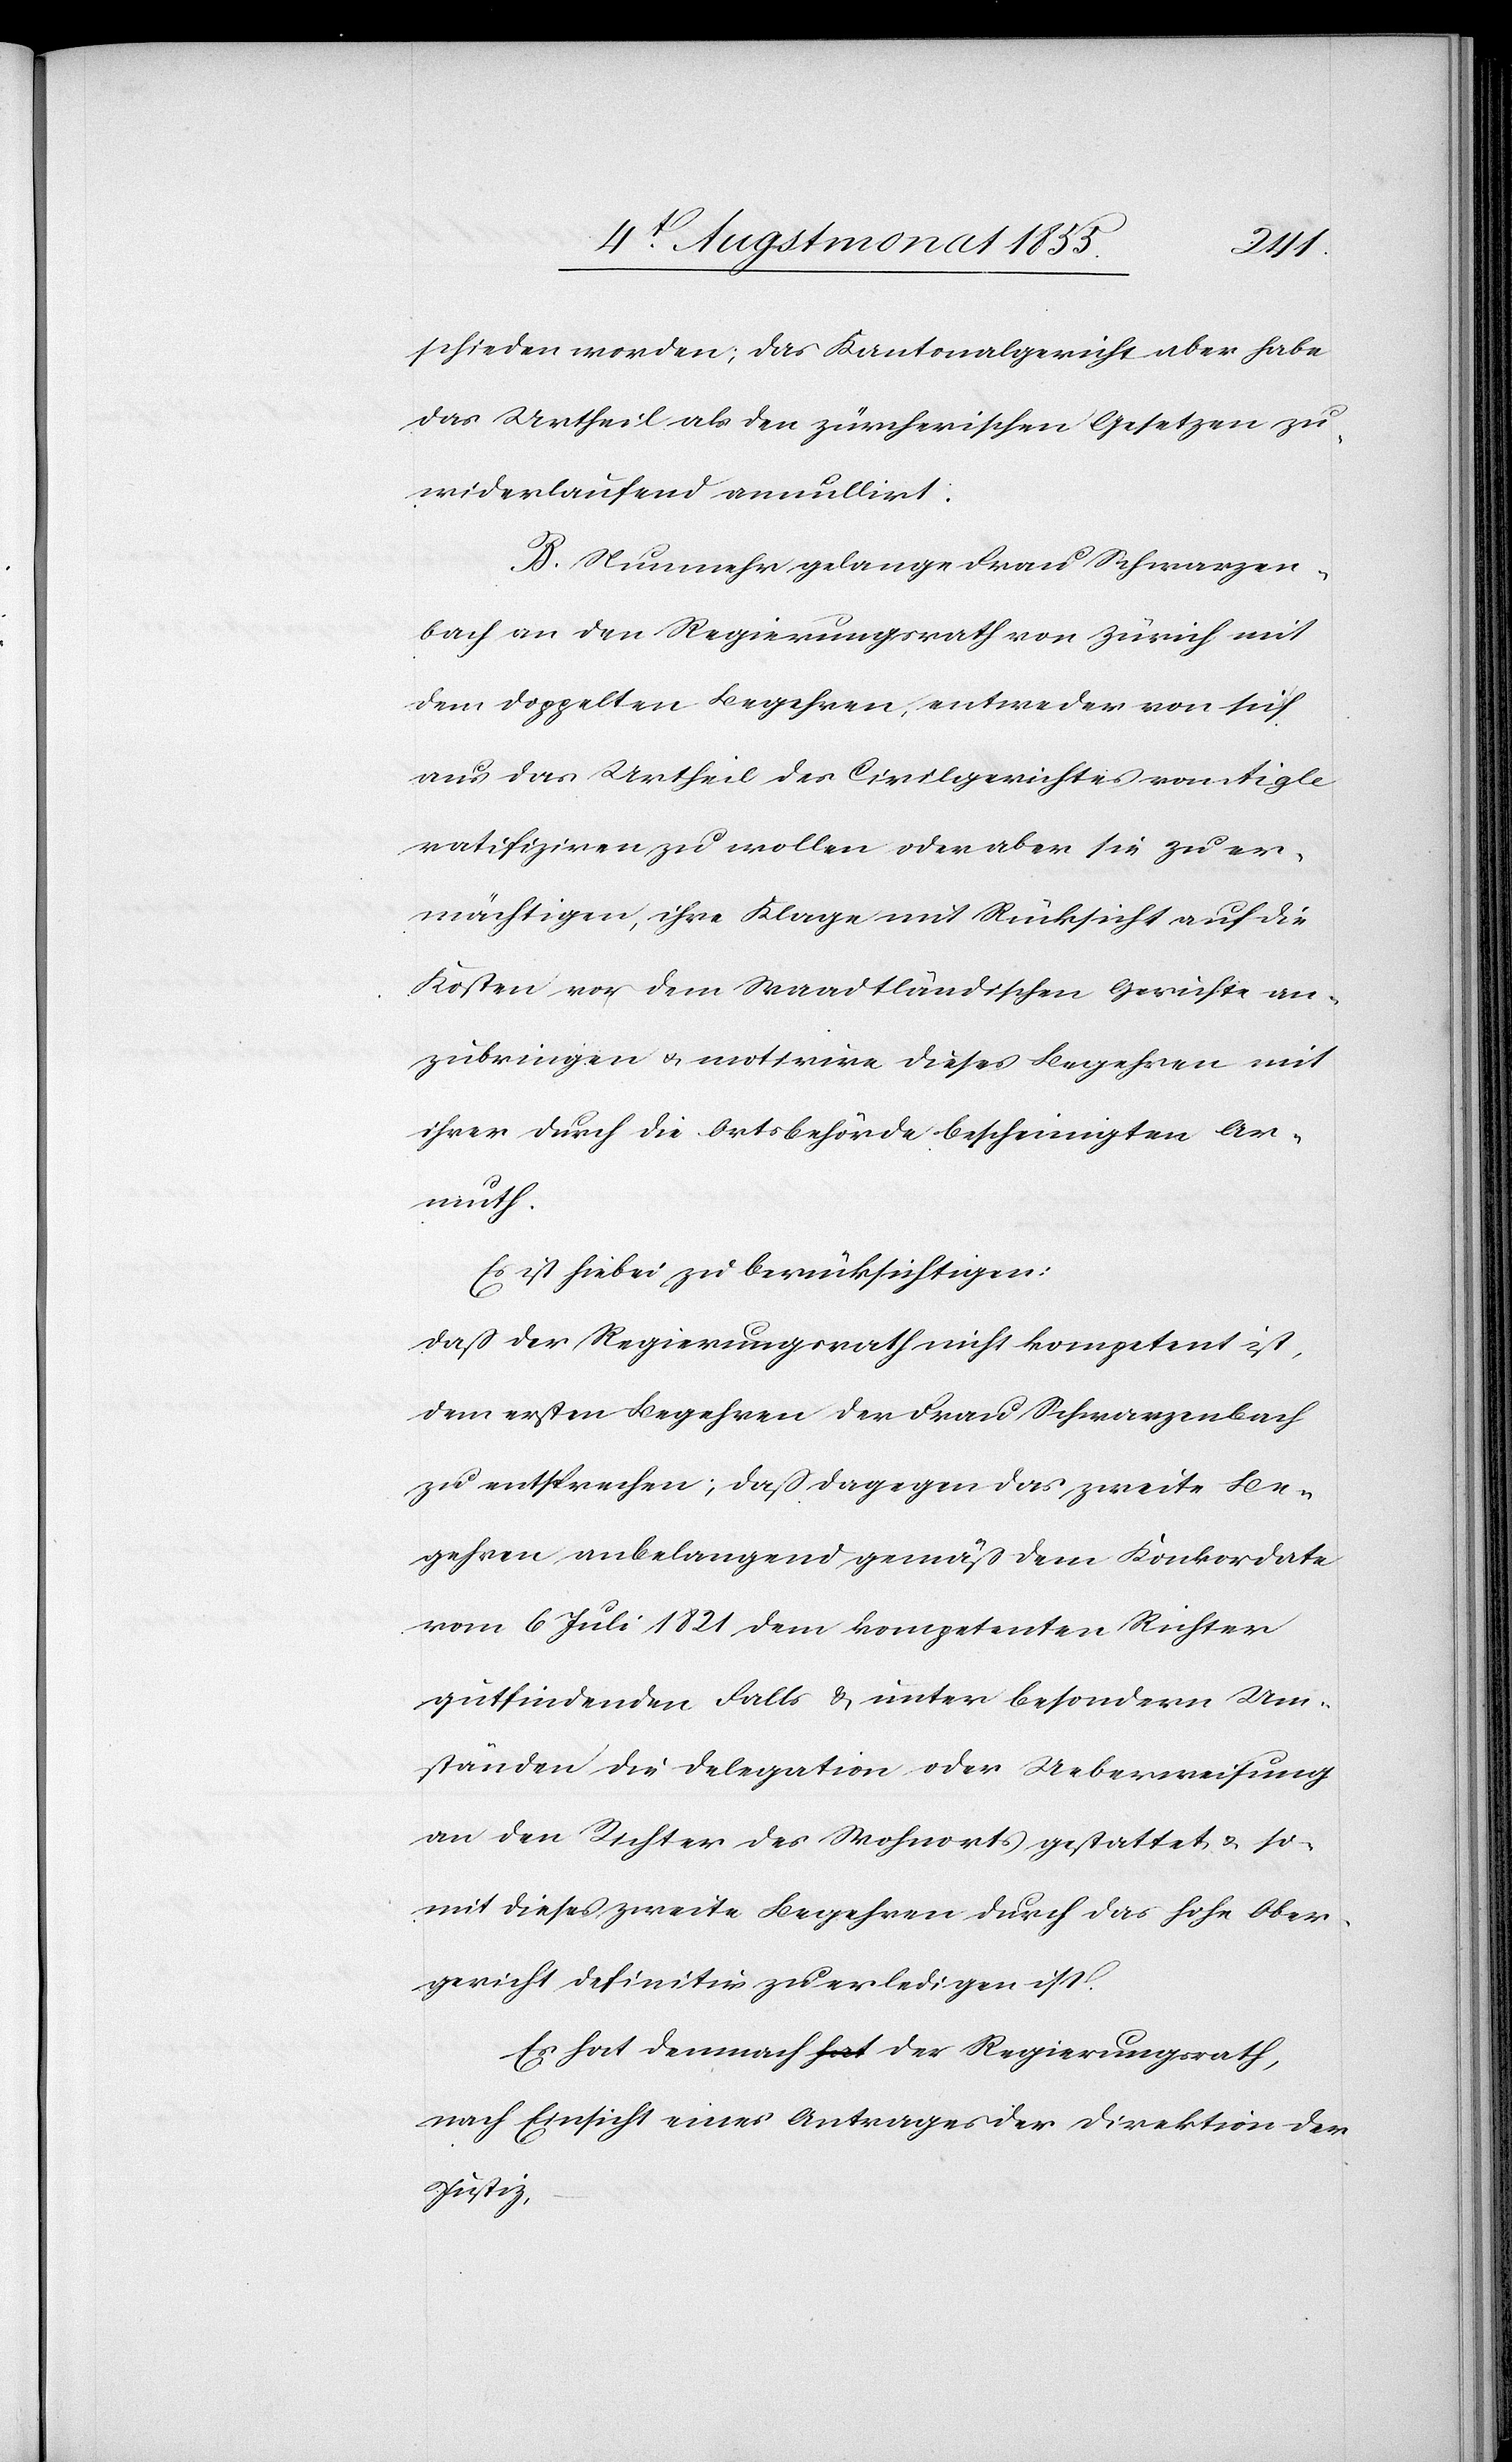
schieden worden; das Kantonalgericht aber habe
das Urtheil als den zürcherischen Gesetzen zu¬
widerlaufend annullirt.
B. Nunmehr gelange Frau Schwarzen¬
bach an den Regierungsrath von Zürich mit
dem doppelten Begehren, entweder von sich
aus das Urtheil des Civilgerichtes von Aigle
ratifiziren zu wollen oder aber sie zu er¬
mächtigen, ihre Klage mit Rücksicht auf die
Kosten vor dem Waadtländischen Gerichte an¬
zubringen & motivire dieses Begehren mit
ihrer durch die Ortsbehörde bescheinigten Ar¬
muth.
Es ist hiebei zu berücksichtigen:
daß der Regierungsrath nicht kompetent ist,
dem ersten Begehren der Frau Schwarzenbach
zu entsprechen; daß dagegen das zweite Be¬
gehren anbelangend gemäß dem Konkordate
vom 6 Juli 1821 dem kompetenten Richter
gutfindenden Falls & unter besondern Um¬
ständen die Delegation oder Ueberweisung
an den Richter des Wohnorts gestattet & so¬
mit dieses zweite Begehren durch das hohe Ober¬
gericht definitiv zu erledigen ist.
Es hat demnach a-hat-a der Regierungsrath,
nach Einsicht eines Antrages der Direktion der
Justiz,